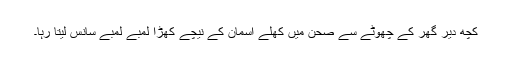
کچھ دیر گھر کے چھوٹے سے صحن میں کھلے آسمان کے نیچے کھڑا لمبے لمبے سانس لیتا رہا۔